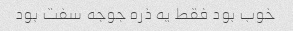
خوب بود فقط یه ذره جوجه سفت بود